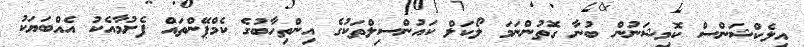
އިލެކްޝަންސް ކޮމިޝަނުން ބުނާ ގޮތުންނަމަ ލޯކަލް ކައުންސިލްތަކުގެ އިންތިހާބުގެ ކެމްޕޭންތައް ފެށުމާއެކު އެއްބަޔަކު